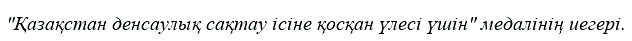
"Қазақстан денсаулық сақтау ісіне қосқан үлесі үшін" медалінің иегері.